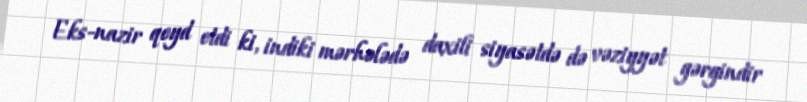
Eks-nazir qeyd etdi ki, indiki mərhələdə daxili siyasətdə də vəziyyət gərgindir